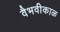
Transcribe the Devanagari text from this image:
वैभवीकाळ